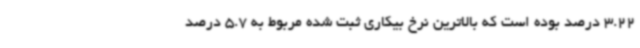
3.22 درصد بوده است که بالاترین نرخ بیکاری ثبت شده مربوط به 5.7 درصد